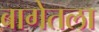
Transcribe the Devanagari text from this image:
बागेतला